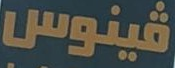
فينوس